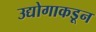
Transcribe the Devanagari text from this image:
उद्योगाकडून